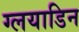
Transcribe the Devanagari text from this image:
ग्लयाडिन